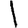
Digit: 1